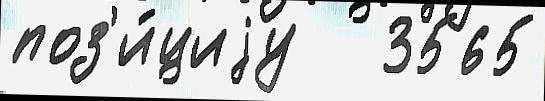
поз'и́циjу   3565